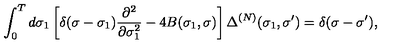
\int _ { 0 } ^ { T } d \sigma _ { 1 } \left[ \delta ( \sigma - \sigma _ { 1 } ) \frac { \partial ^ { 2 } } { \partial \sigma _ { 1 } ^ { 2 } } - 4 B ( \sigma _ { 1 } , \sigma ) \right] \Delta ^ { ( N ) } ( \sigma _ { 1 } , \sigma ^ { \prime } ) = \delta ( \sigma - \sigma ^ { \prime } ) ,